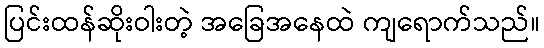
ပြင်းထန်ဆိုးဝါးတဲ့ အခြေအနေထဲ ကျရောက်သည်။